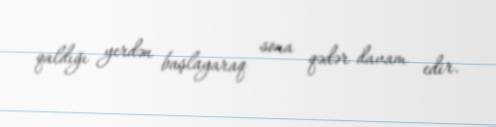
qaldığı yerdən başlayaraq sona qədər davam edir.